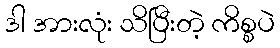
ဒါ အားလုံး သိပြီးတဲ့ ကိစ္စပဲ